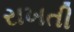
રાખતી